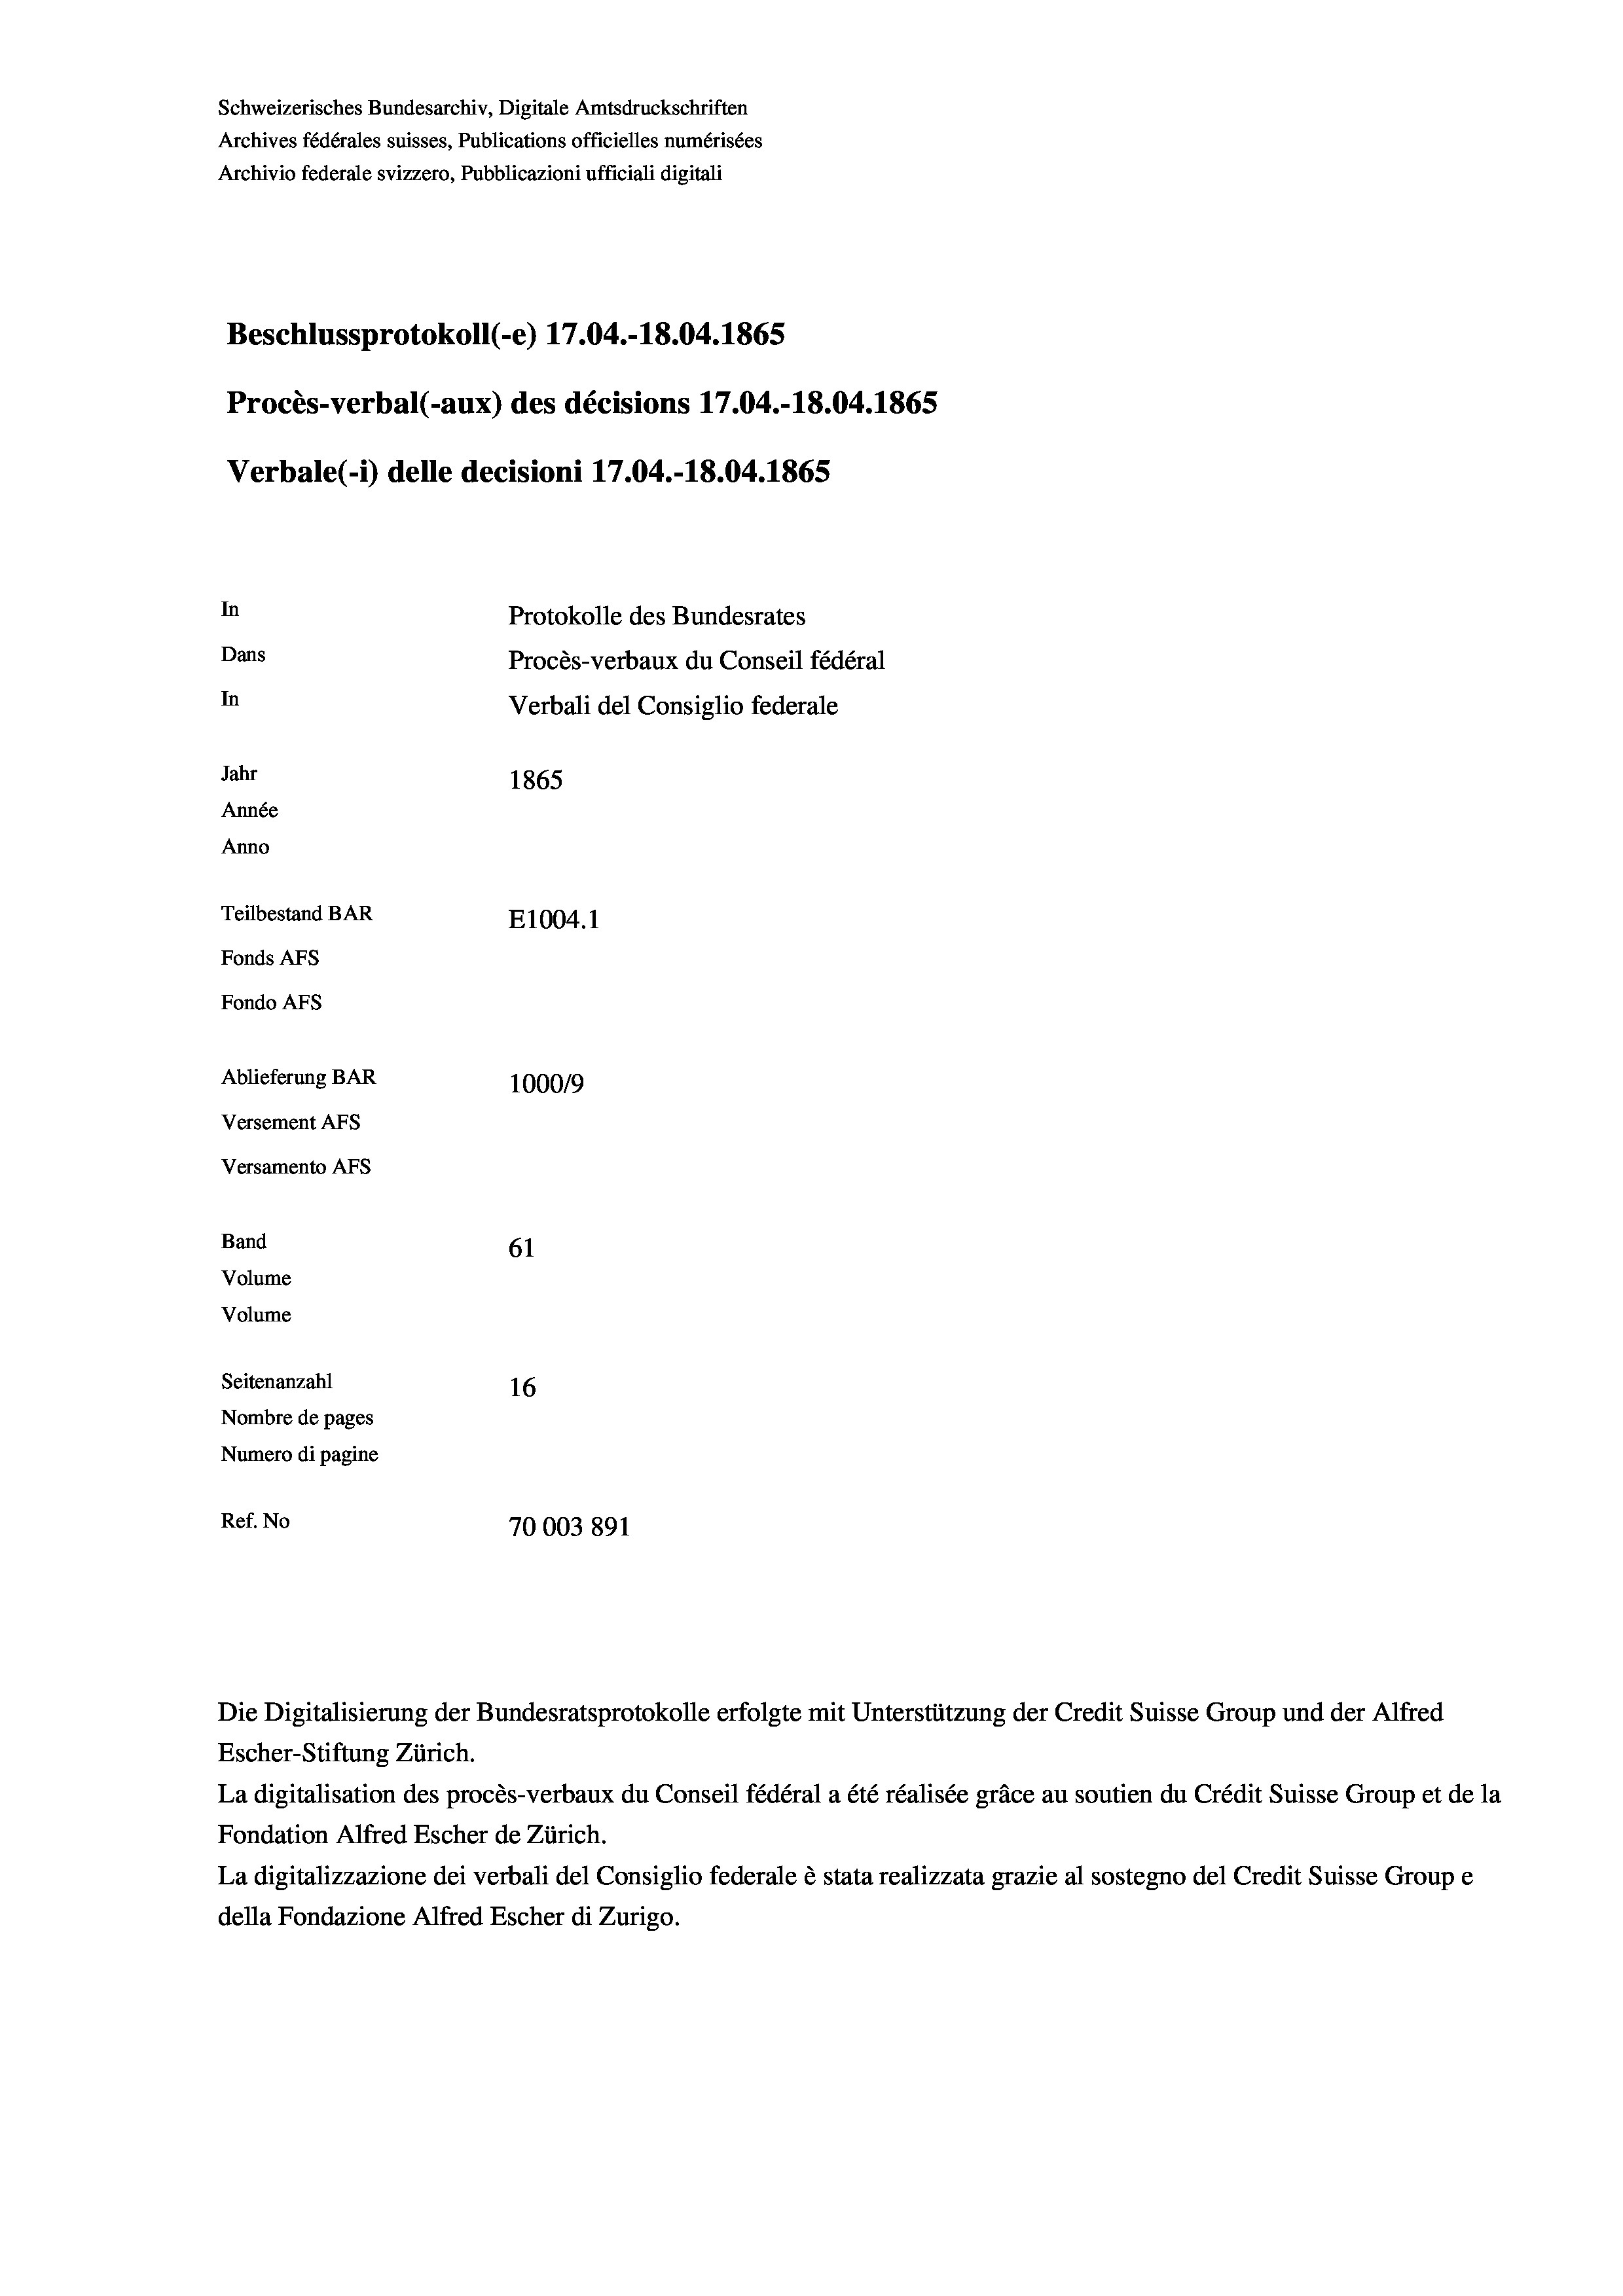
Archives fédérales suisses, Publications officielles numérisées
Archivio federale svizzero, Pubblicazioni ufficiali digitali

Beschlussprotokoll (-e) 17.04.-18.04. 1865
Procès-verbal (-aux) des décisions 17.04.-18.04. 1865
Verbale(-*) delle decisioni 17.04.-18.04. 1865
In
Protokolle des Bundesrates
Dans
Procès-verbaux du Conseil fédéral
In
Verbali del Consiglio federale
Jahr
1865
Année
Anno
Teilbestand BAR
E1004.1
Fonds AFs
Fondo AFS
Ablieferung BAR
100019
Versement AFs
Versamento Afs

Band
Volume
Volume

61
Seitenanzahl
16
Nombre de pages
Numero di pagine
Ref. No
70003891

Schweizerisches Bundesarchiv, Digitale Amtsdruckschriften

Die Digitalisierung der Bundesratsprotokolle erfolgte mit Unterstützung der Credit Suisse Group und der Alfred
Escher-Stiftung Zürich.
La digitalisation des procès-verbaux du Conseil fédéral a été réalisée gräce au soutien du Crédit Suisse Group et de la
Fondation Alfred Escher de Zürich.
La digitalizzazione dei verbali del Consiglio federale è stata realizzata grazie al sostegno del Credit Suisse Groupe
della Fondazione Alfred Escher di Zurigo.